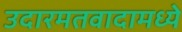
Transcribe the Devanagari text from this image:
उदारमतवादामध्ये